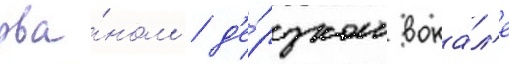
рва́ном / д'е́рзком вока́л'е